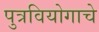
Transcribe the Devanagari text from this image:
पुत्रवियोगाचे